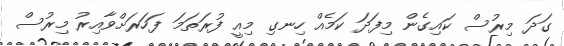
ގަދަ މިރުސް ކައިގެން މިފަދަ ކަމެއް ހިނގި މިއީ ފުރަތަމަ ފަހަރަށްވާއިރު މިރުސް